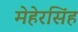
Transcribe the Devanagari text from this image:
मेहेरसिंह